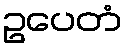
ဥပေတံ